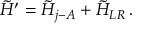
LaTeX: \tilde { H } ^ { \prime } = \tilde { H } _ { j - A } + \tilde { H } _ { L R } \, .